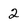
Character: 2